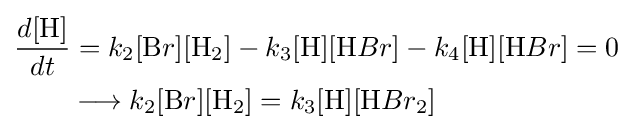
{\begin{aligned}&{\frac {d[{\ce {H}}]}{dt}}=k_{2}[{\ce {B}}r][{\ce {H}}_{2}]-k_{3}[{\ce {H}}][{\ce {H}}Br]-k_{4}[{\ce {H}}][{\ce {H}}Br]=0\\&\qquad \longrightarrow k_{2}[{\ce {B}}r][{\ce {H}}_{2}]=k_{3}[{\ce {H}}][{\ce {H}}Br_{2}]\end{aligned}}